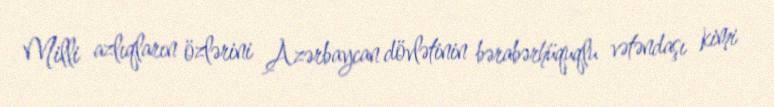
Milli azlıqların özlərini Azərbaycan dövlətinin bərabərhüquqlu vətəndaşı kimi